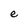
Character: e